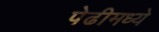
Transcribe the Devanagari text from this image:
पेढीमध्ये